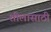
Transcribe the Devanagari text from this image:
शीलासाठी